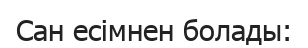
Сан есімнен болады: